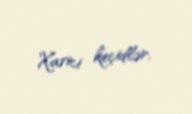
Xarici keçidlər.